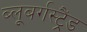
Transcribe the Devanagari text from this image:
ब्‍लूबर्गस्‍ट्रैंड